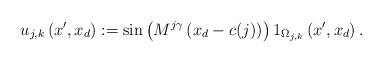
LaTeX: \begin{align*} u_{j,k} \left(x', x_d\right) := \sin\left(M^{j \gamma} \left(x_d - c(j)\right)\right) 1_{\Omega_{j,k}} \left(x', x_d\right) . \end{align*}